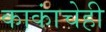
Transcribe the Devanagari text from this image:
काकांचेही